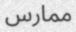
ممارس